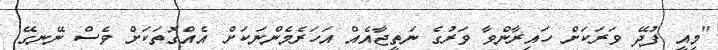
"މިއީ ފުދޭ ވަރަކަށް ހައިރާންވާ ވަރުގެ ނަތީޖާއެއް އަހަރެމެންނަކަށް އެއްގޮތަކަށް ވެސް ނޭނގޭ